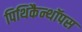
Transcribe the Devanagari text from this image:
पिथिकैन्थॉपस